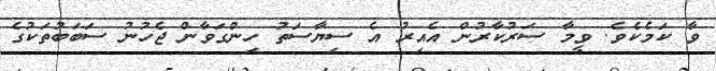
ވާ ކަމެކެވެ. ވީމާ ސަރުކާރުން އެއިރު އެ ސިޔާސަތު ހިންގަވާން ޖެހުނު ސަބަބުތަކުގެ